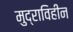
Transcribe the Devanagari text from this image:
मुद्राविहीन